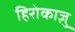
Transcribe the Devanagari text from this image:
हिरोकाज़ु